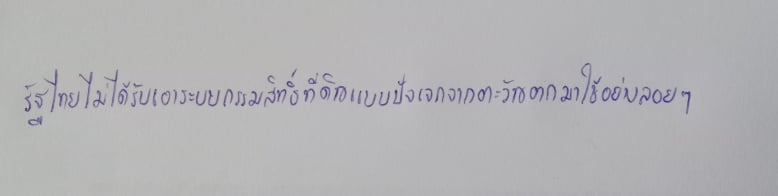
รัฐไทยไม่ได้รับเอาระบบกรรมสิทธิ์ที่ดินแบบปัจเจกจากตะวันตกมาใช้อย่างลอยๆ